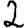
Digit: 2